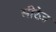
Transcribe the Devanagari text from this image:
सीरेज़